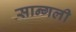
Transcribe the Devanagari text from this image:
सान्गली